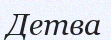
Детва